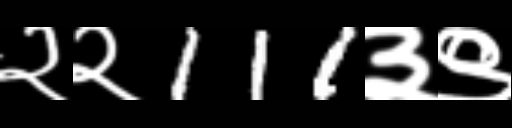
Text: २२111३९